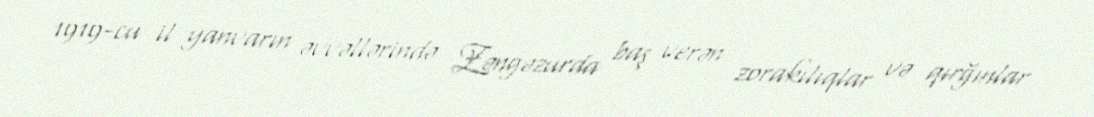
1919-cu il yanvarın əvvəllərində Zəngəzurda baş verən zorakılıqlar və qırğınlar